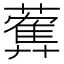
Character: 𦿠